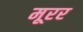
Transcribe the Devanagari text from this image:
मूरर